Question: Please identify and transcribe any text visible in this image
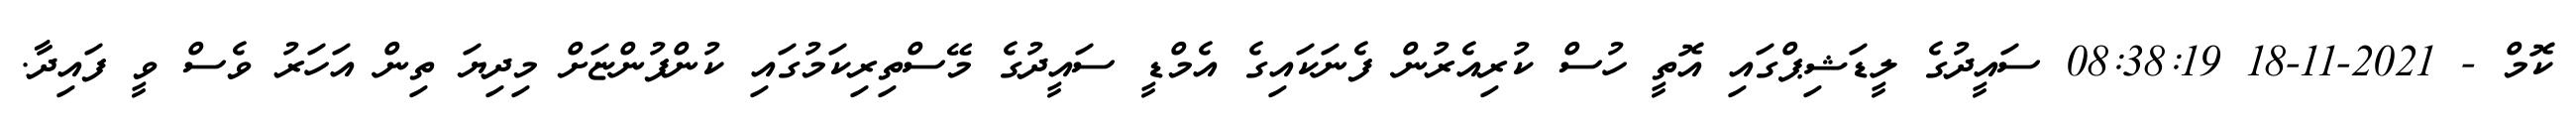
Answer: ކޮމް - 2021-11-18 08:38:19 ސައީދުގެ ލީޑަޝިޕްގައި އޮތީ ހުސް ކުރިއެރުން ފެނަކައިގެ އެމްޑީ ސައީދުގެ މޭސްތިރިކަމުގައި ކުންފުންޏަށް މިދިޔަ ތިން އަހަރު ވެސް ވީ ފައިދާ.